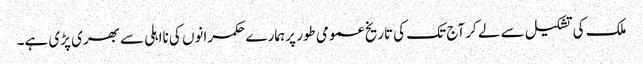
ملک کی تشکیل سے لے کر آج تک کی تاریخ عمومی طور پر ہمارے حکمرانوں کی نااہلی سے بھری پڑی ہے۔